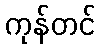
ကုန်တင်